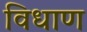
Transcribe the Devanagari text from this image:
विधाण